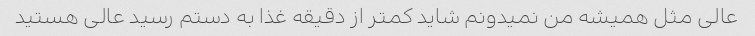
عالی مثل همیشه من نمیدونم شاید کمتر از دقیقه غذا به دستم رسید عالی هستید